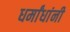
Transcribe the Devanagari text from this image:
धर्मांधांनी